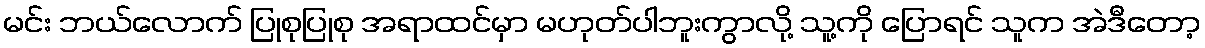
မင်း ဘယ်လောက် ပြုစုပြုစု အရာထင်မှာ မဟုတ်ပါဘူးကွာလို့ သူ့ကို ပြောရင် သူက အဲဒီတော့